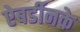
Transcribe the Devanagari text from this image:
ऐबर्डीनके